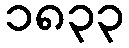
၁၈၃၃